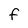
Character: F